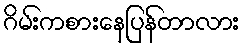
ဂိမ်းကစားနေပြန်တာလား